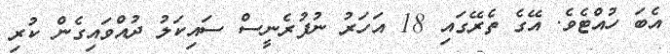
އެބަ ހުއްޓެވެ. އޭގެ ތެރޭގައި 18 އަހަރު ނުފުރެނީސް ސައިކަލު ދުއްވައިގެން ކުރި